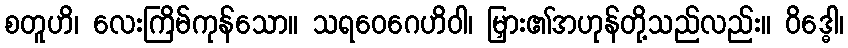
စတူဟိ၊ လေးကြိမ်ကုန်သော။ သရဝေဂေဟိဝါ၊ မြှား၏အဟုန်တို့သည်လည်း။ ဝိဒ္ဓေါ၊